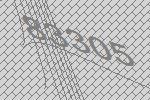
83305